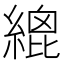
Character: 𦃋